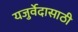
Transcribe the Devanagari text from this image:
यजुर्वेदासाठी